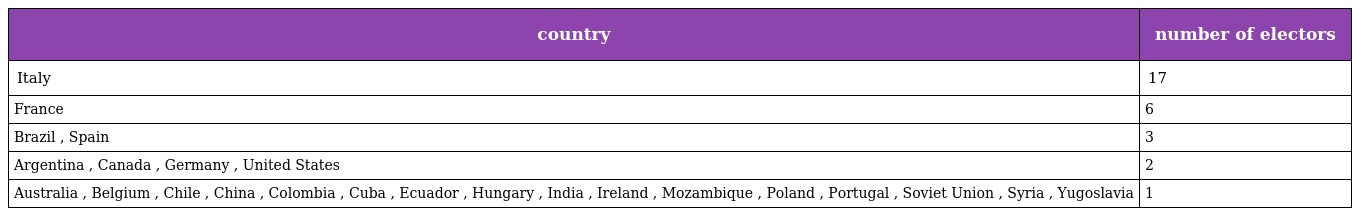
| country | number of electors |
 | --- | --- |
 | Italy | 17 |
 | France | 6 |
 | Brazil , Spain | 3 |
 | Argentina , Canada , Germany , United States | 2 |
 | Australia , Belgium , Chile , China , Colombia , Cuba , Ecuador , Hungary , India , Ireland , Mozambique , Poland , Portugal , Soviet Union , Syria , Yugoslavia | 1 |